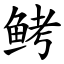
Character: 鲓